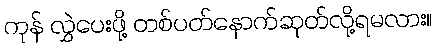
ကုန် လွှဲပေးဖို့ တစ်ပတ်နောက်ဆုတ်လို့ရမလား။